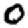
Digit: 0